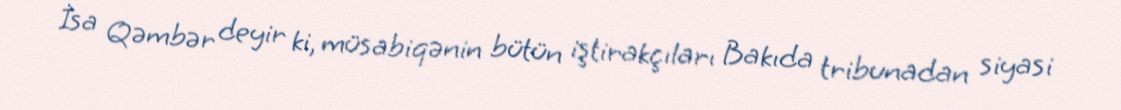
İsa Qəmbər deyir ki, müsabiqənin bütün iştirakçıları Bakıda tribunadan siyasi